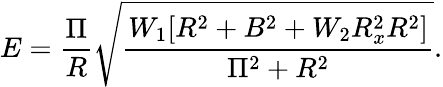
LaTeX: E=\frac{\Pi}{R}\sqrt{\frac{W_{1}[R^{2}+B^{2}+W_{2}R_{x}^{2}R^{2}]}{\Pi^{2}+R^{2}}}.